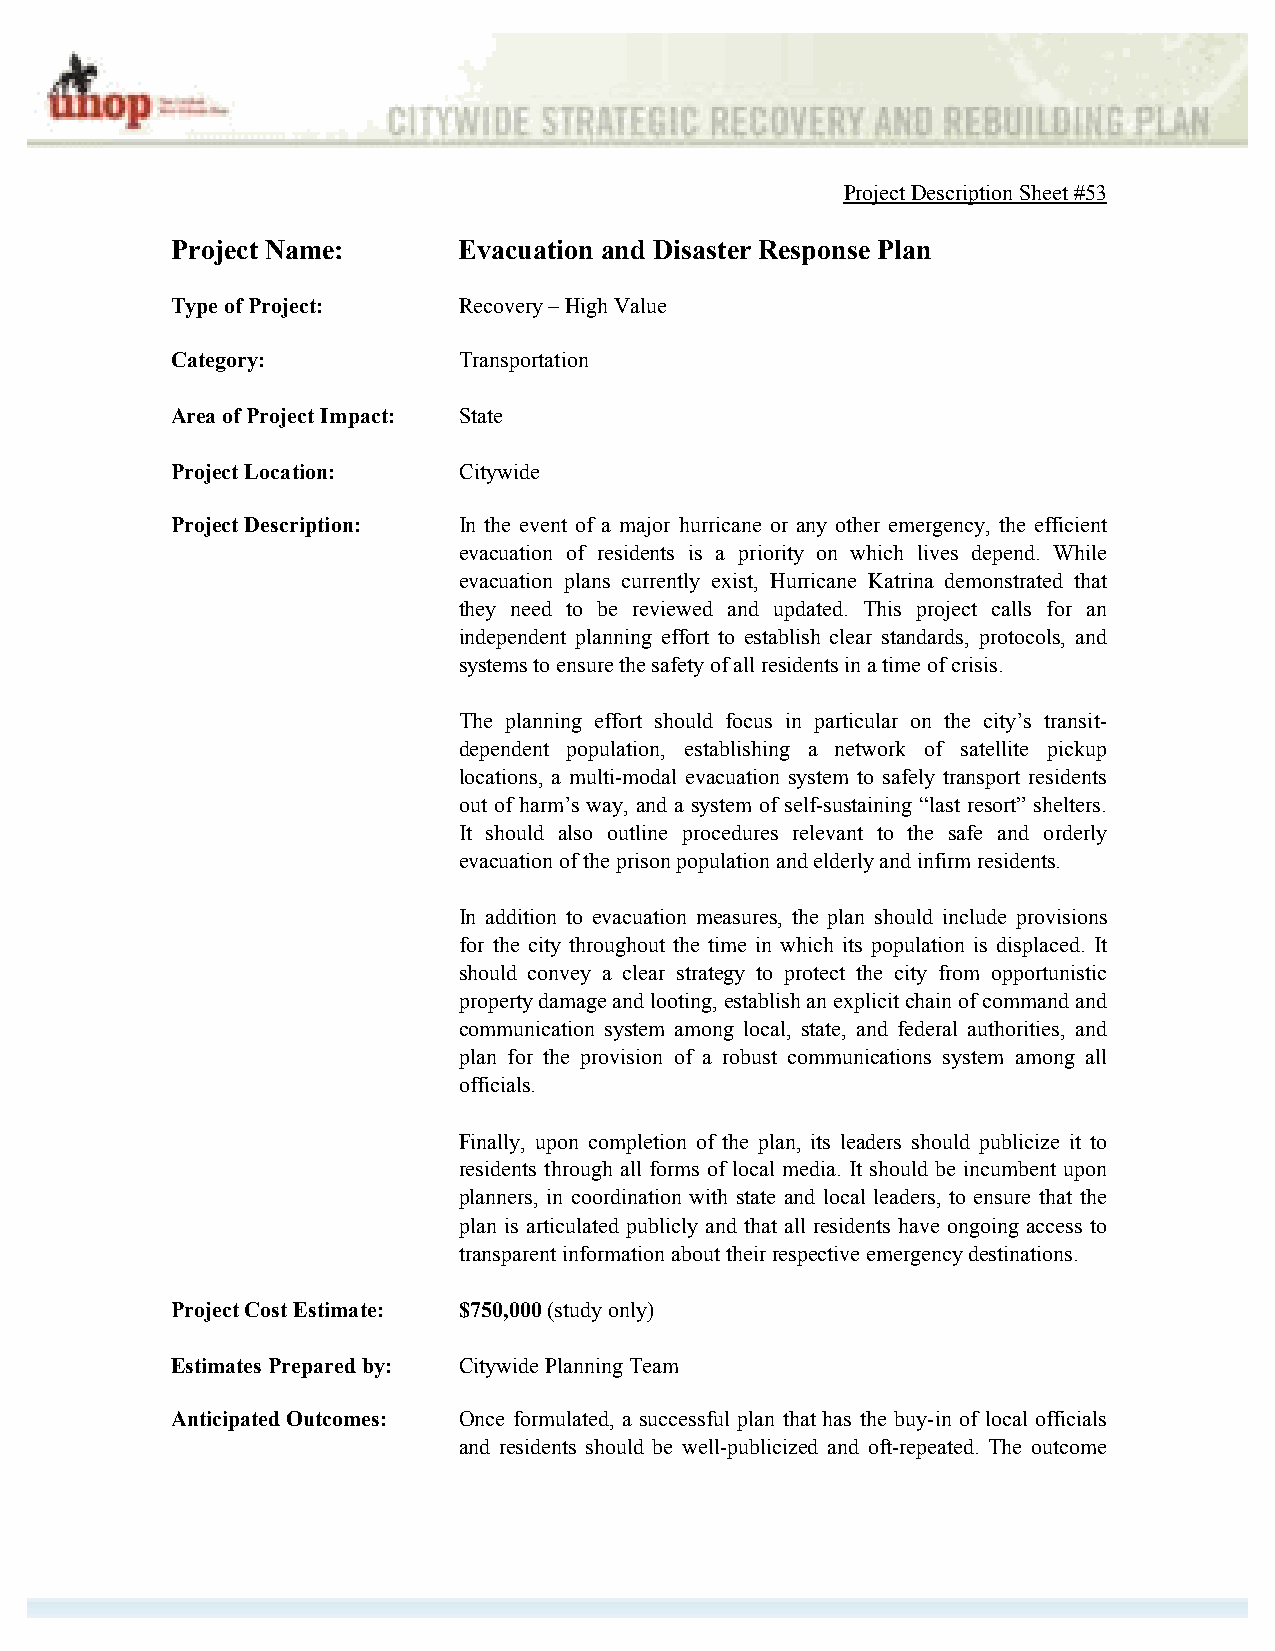
Project Description Sheet #53
 Project Name:      Evacuation and Disaster Response Plan
 Type of Project:   Recovery – High Value
 Category:          Transportation
 Area of Project Impact: State
 Project Location:  Citywide
 Project Description: In the event of a major hurricane or any other emergency, the efficient
 evacuation of residents is a priority on which lives depend. While
 evacuation plans currently exist, Hurricane Katrina demonstrated that
 they need to be reviewed and updated. This project calls for an
 independent planning effort to establish clear standards, protocols, and
 systems to ensure the safety of all residents in a time of crisis.
 The planning effort should focus in particular on the city’s transit-
 dependent population, establishing a network of satellite pickup
 locations, a multi-modal evacuation system to safely transport residents
 out of harm’s way, and a system of self-sustaining “last resort” shelters.
 It should also outline procedures relevant to the safe and orderly
 evacuation of the prison population and elderly and infirm residents.
 In addition to evacuation measures, the plan should include provisions
 for the city throughout the time in which its population is displaced. It
 should convey a clear strategy to protect the city from opportunistic
 property damage and looting, establish an explicit chain of command and
 communication system among local, state, and federal authorities, and
 plan for the provision of a robust communications system among all
 officials.
 Finally, upon completion of the plan, its leaders should publicize it to
 residents through all forms of local media. It should be incumbent upon
 planners, in coordination with state and local leaders, to ensure that the
 plan is articulated publicly and that all residents have ongoing access to
 transparent information about their respective emergency destinations.
 Project Cost Estimate: $750,000 (study only)
 Estimates Prepared by: Citywide Planning Team
 Anticipated Outcomes: Once formulated, a successful plan that has the buy-in of local officials
 and residents should be well-publicized and oft-repeated. The outcome